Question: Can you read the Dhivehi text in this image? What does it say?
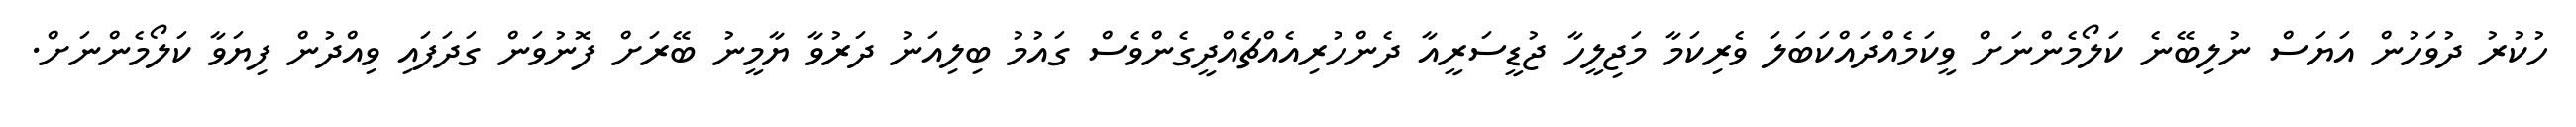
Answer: ހުކުރު ދުވަހުން އަޔަސް ނުލިބޭނެ ކަލޯމެންނަށް ވީކަމެއްދައްކަބަލަ ވެރިކަމާ މަޖިލީހާ ޖުޑީސަރީއާ ދެންހުރިއެއްޗެއްދީގެންވެސް ގައުމު ބިލިއަނު ދަރުވާ ޔާމީނު ބޭރަށް ފޮނުވަން ގަދަފައި ވިއްދުން ފިޔަވާ ކަލޯމެންނަށް.